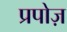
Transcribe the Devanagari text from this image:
प्रपोज़